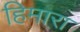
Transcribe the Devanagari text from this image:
हिमारा